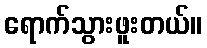
ရောက်သွားဖူးတယ်။